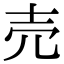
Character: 売